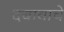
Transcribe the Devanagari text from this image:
दबावाचे